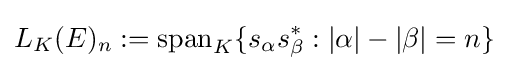
L_{K}(E)_{n}:=\operatorname {span} _{K}\{s_{\alpha }s_{\beta }^{*}:|\alpha |-|\beta |=n\}